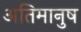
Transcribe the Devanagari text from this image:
अतिमानुष